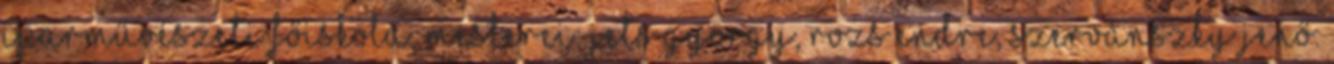
Iparművészeti Főiskola, mesterei: Jets György, Rozs Endre, Szervánszky Jenő.